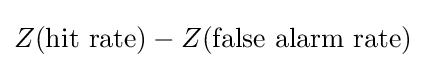
Z({\text{hit rate}})-Z({\text{false alarm rate}})